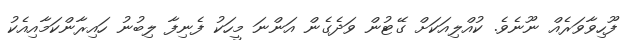
ފޫހިވާވަރެއް ނޫނެވެ. ކުއްލިއަކަށް ގޭޓުން ވަދެގެން އަންނަ މީހަކު ފެނިފާ ލިބުނު ހައިރާންކަމާއިއެކު